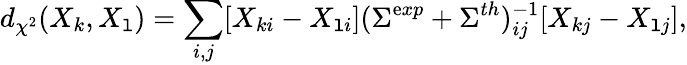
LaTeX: d_{\chi^{2}}(X_{k},X_{\mathtt{l}})=\sum_{i,j}[X_{ki}-X_{\mathtt{l}i}](\Sigma^{\mathrm{e}xp}+\Sigma^{th})_{ij}^{-1}[X_{kj}-X_{\mathtt{l}j}],